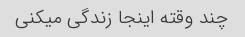
چند وقته اینجا زندگی میکنی